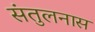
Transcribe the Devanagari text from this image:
संतुलनास